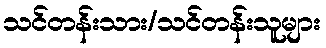
သင်တန်းသား/သင်တန်းသူများ